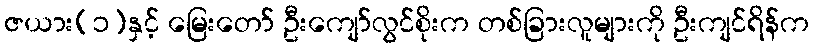
ဇယား(၁)နှင့် မြေးတော် ဦးကျော်လွင်စိုးက တစ်ခြားလူများကို ဦးကျင်ရိန်က